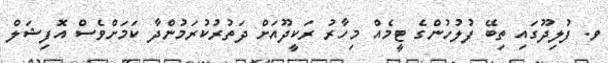
ވ. ފުލިދޫގައި ތިބޭ ފުލުހުންގެ ޓީމެއް މިހާރު ރަކީދޫއަށް ދަތުރުކުރަމުންދާ ކަމަށްވެސް އޮފިޝަލް